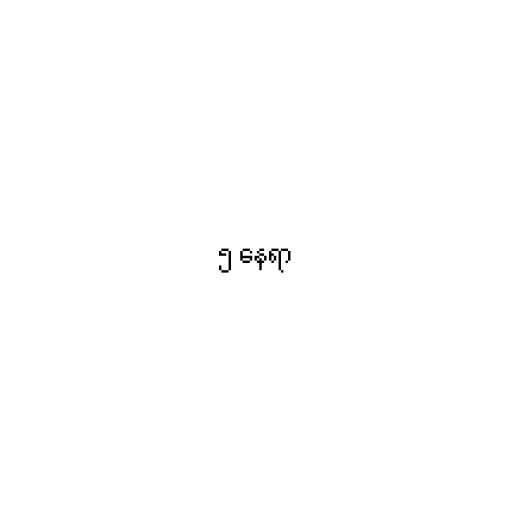
၅ နေရာ